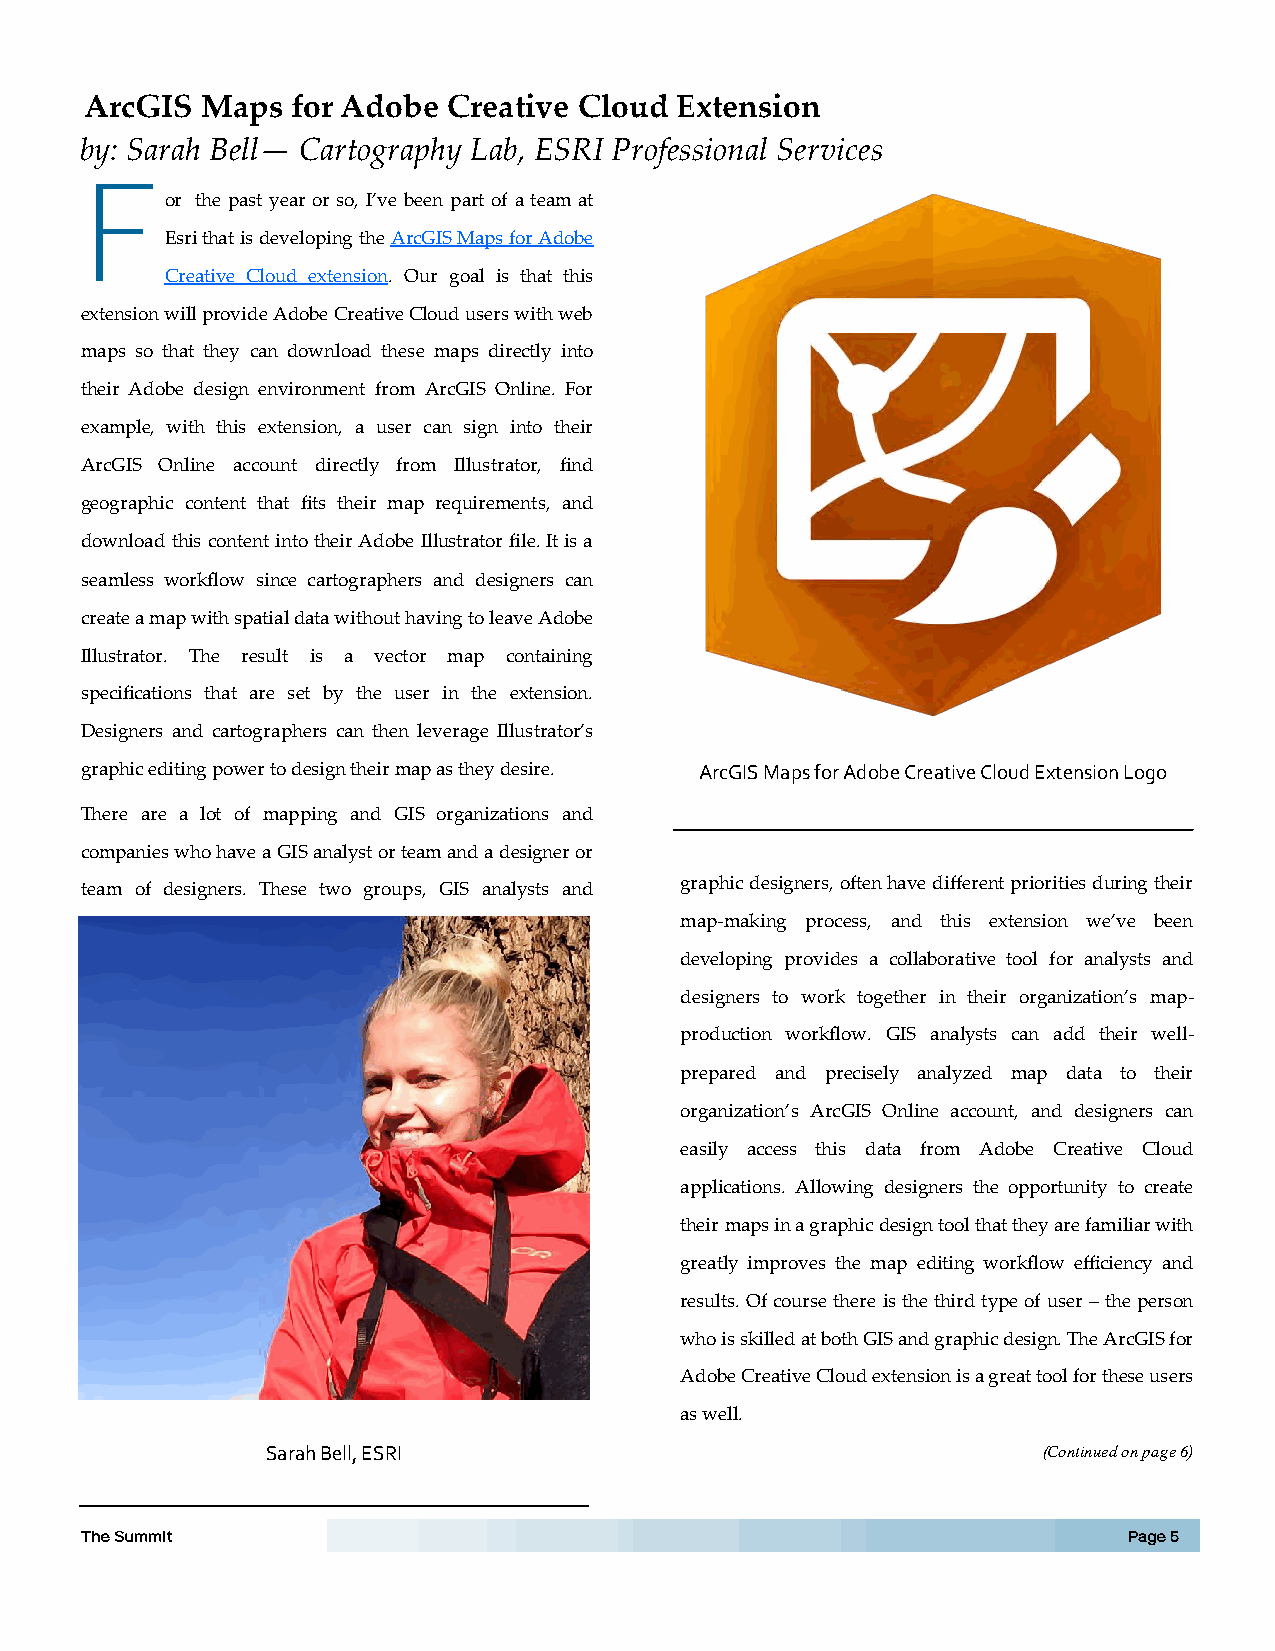
ArcGIS Maps  for Adobe  Creative Cloud Extension
 by: Sarah Bell— Cartography Lab, ESRI Professional Services
 F
 or the past year or so, I’ve been part of a team at
 Esri that is developing the ArcGIS Maps for Adobe
 Creative Cloud extension. Our goal is that this
 extension will provide Adobe Creative Cloud users with web
 maps so that they can download these maps directly into
 their Adobe design environment from ArcGIS Online. For
 example, with this extension, a user can sign into their
 ArcGIS Online account directly from Illustrator, find
 geographic content that fits their map requirements, and
 download this content into their Adobe Illustrator file. It is a
 seamless workflow since cartographers and designers can
 create a map with spatial data without having to leave Adobe
 Illustrator. The result is a vector map containing
 specifications that are set by the user in the extension.
 Designers and cartographers can then leverage Illustrator’s
 graphic editing power to design their map as they desire. ArcGIS Maps for Adobe Creative Cloud Extension Logo
 There are a lot of mapping and GIS organizations and
 companies who have a GIS analyst or team and a designer or
 graphic designers, often have different priorities during their
 team of designers. These two groups, GIS analysts and
 map-making process, and this extension we’ve been
 developing provides a collaborative tool for analysts and
 designers to work together in their organization’s map-
 production workflow. GIS analysts can add their well-
 prepared and precisely analyzed map data to their
 organization’s ArcGIS Online account, and designers can
 easily access this data from Adobe Creative Cloud
 applications. Allowing designers the opportunity to create
 their maps in a graphic design tool that they are familiar with
 greatly improves the map editing workflow efficiency and
 results. Of course there is the third type of user – the person
 who is skilled at both GIS and graphic design. The ArcGIS for
 Adobe Creative Cloud extension is a great tool for these users
 as well.
 Sarah Bell, ESRI                                   (Continued on page 6)
 The Summit                                                            Page 5